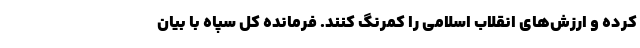
کرده و ارزش‌های انقلاب اسلامی را کمرنگ کنند. فرمانده کل سپاه با بیان